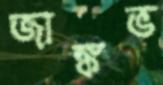
জাঙ্কভ